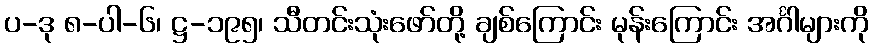
ပ-ဒု ၈-ပါ-၆၊ ဋ္ဌ-၁၉၅၊ သီတင်းသုံးဖော်တို့ ချစ်ကြောင်း မုန်းကြောင်း အင်္ဂါများကို